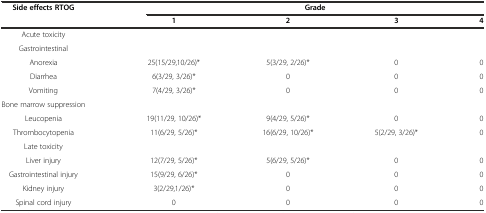
<table><thead><tr><td rowspan="2"><b>Side effects RTOG</b></td><td colspan="4"><b>Grade</b></td></tr><tr><td><b>1</b></td><td><b>2</b></td><td><b>3</b></td><td><b>4</b></td></tr></thead><tbody><tr><td>Acute toxicity</td><td></td><td></td><td></td><td></td></tr><tr><td>Gastrointestinal</td><td></td><td></td><td></td><td></td></tr><tr><td>Anorexia</td><td>25(15/29,10/26)*</td><td>5(3/29, 2/26)*</td><td>0</td><td>0</td></tr><tr><td>Diarrhea</td><td>6(3/29, 3/26)*</td><td>0</td><td>0</td><td>0</td></tr><tr><td>Vomiting</td><td>7(4/29, 3/26)*</td><td>0</td><td>0</td><td>0</td></tr><tr><td>Bone marrow suppression</td><td colspan="4"></td></tr><tr><td>Leucopenia</td><td>19(11/29, 10/26)*</td><td>9(4/29, 5/26)*</td><td>0</td><td>0</td></tr><tr><td>Thrombocytopenia</td><td>11(6/29, 5/26)*</td><td>16(6/29, 10/26)*</td><td>5(2/29, 3/26)*</td><td>0</td></tr><tr><td>Late toxicity</td><td></td><td></td><td></td><td></td></tr><tr><td>Liver injury</td><td>12(7/29, 5/26)*</td><td>5(6/29, 5/26)*</td><td>0</td><td>0</td></tr><tr><td>Gastrointestinal injury</td><td>15(9/29, 6/26)*</td><td>0</td><td>0</td><td>0</td></tr><tr><td>Kidney injury</td><td>3(2/29,1/26)*</td><td>0</td><td>0</td><td>0</td></tr><tr><td>Spinal cord injury</td><td>0</td><td>0</td><td>0</td><td>0</td></tr></tbody></table>